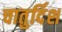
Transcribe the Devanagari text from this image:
चातुर्दिश